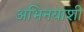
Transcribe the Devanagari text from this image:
अभिनयाशी